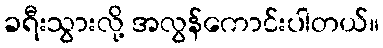
ခရီးသွားလို့ အလွန်ကောင်းပါတယ်။